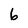
Character: 6